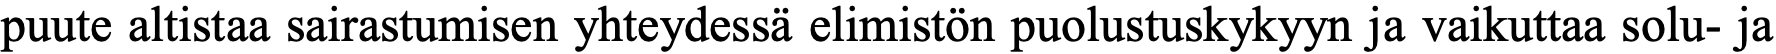
puute altistaa sairastumisen yhteydessä elimistön puolustuskykyyn ja vaikuttaa solu- ja